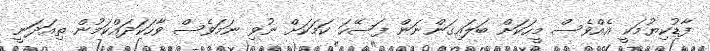
ފާޑުކިޔުމަކީ އެއްވެސް މީހަކަށް ބަލައިގަންނަން ފަސޭހަ ކަމަކަށް ނުވި ނަމަވެސް ވާހަކަދައްކަމުން ތިއަދަނީ